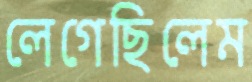
লেগেছিলেম